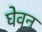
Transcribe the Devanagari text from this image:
घेवन